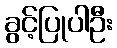
ခွင့်ပြုပါဦး